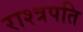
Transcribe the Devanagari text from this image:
राश्त्रपति